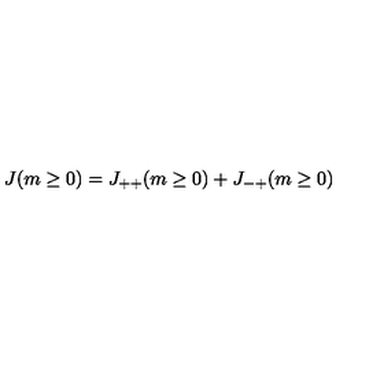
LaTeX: J ( m \ge 0 ) = J _ { + + } ( m \ge 0 ) + J _ { - + } ( m \ge 0 )